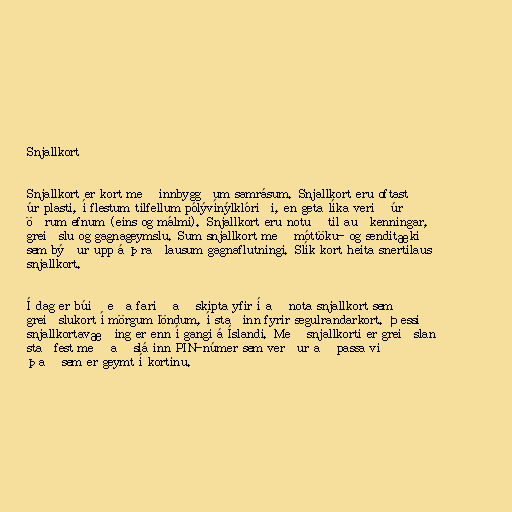
Snjallkort

Snjallkort er kort með innbyggðum samrásum. Snjallkort eru oftast
úr plasti, í flestum tilfellum pólývínýlklóriði, en geta líka verið úr
öðrum efnum (eins og málmi). Snjallkort eru notuð til auðkenningar,
greiðslu og gagnageymslu. Sum snjallkort með móttöku- og senditæki
sem býður upp á þraðlausum gagnaflutningi. Slík kort heita snertilaus
snjallkort.

Í dag er búið eða farið að skipta yfir í að nota snjallkort sem
greiðslukort í mörgum löndum, í staðinn fyrir segulrandarkort. Þessi
snjallkortavæðing er enn í gangi á Íslandi. Með snjallkorti er greiðslan
staðfest með að slá inn PIN-númer sem verður að passa við
það sem er geymt í kortinu.